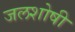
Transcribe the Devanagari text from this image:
जलशोषी